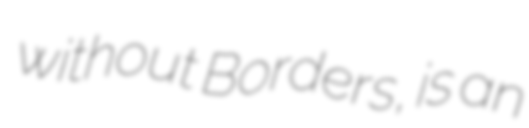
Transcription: without Borders, is an